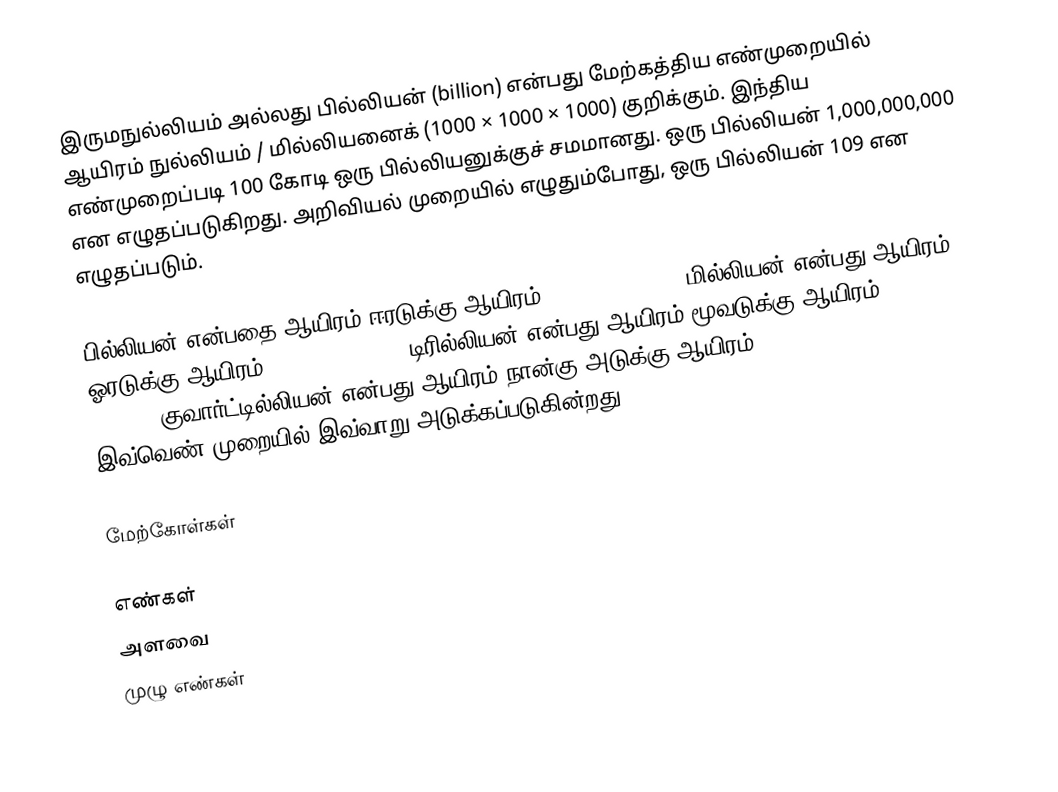
இருமநுல்லியம் அல்லது பில்லியன் (billion) என்பது மேற்கத்திய எண்முறையில் ஆயிரம் நுல்லியம் / மில்லியனைக் (1000 × 1000 × 1000) குறிக்கும். இந்திய எண்முறைப்படி 100 கோடி ஒரு பில்லியனுக்குச் சமமானது. ஒரு பில்லியன் 1,000,000,000 என எழுதப்படுகிறது. அறிவியல் முறையில் எழுதும்போது, ஒரு பில்லியன் 109 என எழுதப்படும்.

பில்லியன் என்பதை ஆயிரம் ஈரடுக்கு ஆயிரம் (1000 × 10002). மில்லியன் என்பது ஆயிரம் ஓரடுக்கு ஆயிரம் (1000 × 10001). டிரில்லியன் என்பது ஆயிரம் மூவடுக்கு ஆயிரம் (1000 × 10003). குவார்ட்டில்லியன் என்பது ஆயிரம் நான்கு அடுக்கு ஆயிரம் (1000 × 10004). இவ்வெண் முறையில் இவ்வாறு அடுக்கப்படுகின்றது.

மேற்கோள்கள்

எண்கள்
அளவை
முழு எண்கள்